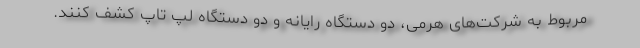
مربوط به شرکت‌های هرمی، دو دستگاه رایانه و دو دستگاه لپ تاپ کشف کنند.